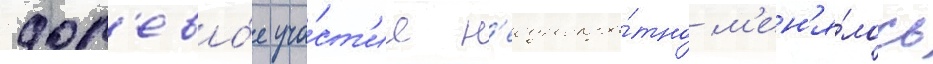
дол'ево́е уча́ст'ие н'еоднокра́тно м'ен'я́лось